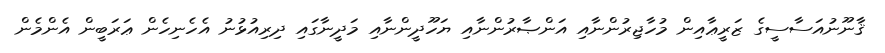
ޤާނޫނުއަސާސީގެ ޒަރީޢާއިން މުހާޖިރުންނާއި އަންޞާރުންނާއި ޔަހޫދީންނާއި މަދީނާގައި ދިރިއުޅުނު އެހެނިހެން ޢަރަބީން އެންމެން